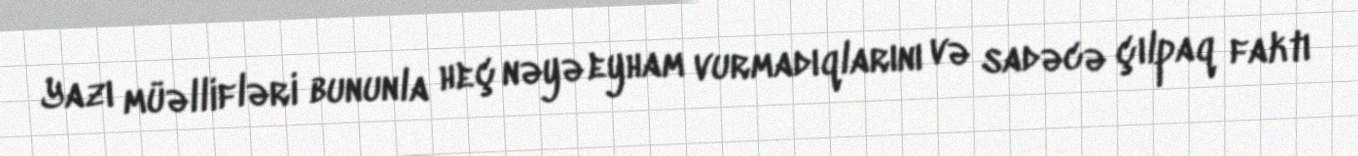
Yazı müəllifləri bununla heç nəyə eyham vurmadıqlarını və sadəcə çılpaq faktı